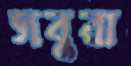
সবুরা